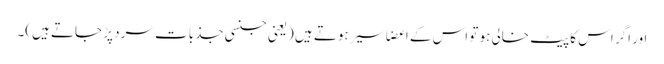
اور اگر اس کا پیٹ خالی ہو تو اس کے اعضا سیر ہوتے ہیں (یعنی جنسی جذبات سرد پڑ جاتے ہیں)۔